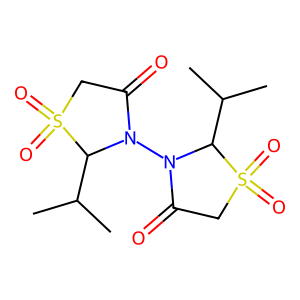
SMILES: CC(C)C1N(N2C(=O)CS(=O)(=O)C2C(C)C)C(=O)CS1(=O)=O
Inhibits HIV replication: No